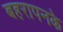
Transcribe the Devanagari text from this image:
बहरापनके